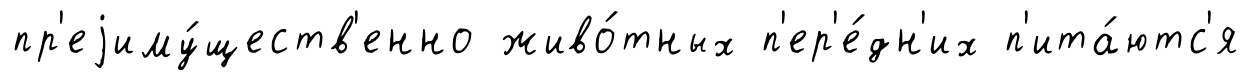
пр'еjиму́ществ'енно живо́тных п'ер'е́дн'их п'ита́ютс'я